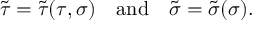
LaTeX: \tilde { \tau } = \tilde { \tau } ( \tau , \sigma ) \quad \mathrm { a n d } \quad \tilde { \sigma } = \tilde { \sigma } ( \sigma ) .